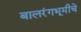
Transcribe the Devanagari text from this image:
बालरंगभूमीचे